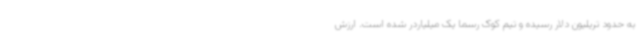
به حدود تریلیون دلار رسیده و تیم کوک رسما یک میلیاردر شده است. ارزش